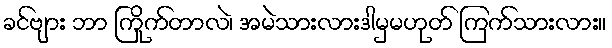
ခင်ဗျား ဘာ ကြိုက်တာလဲ၊ အမဲသားလားဒါမှမဟုတ် ကြက်သားလား။